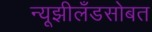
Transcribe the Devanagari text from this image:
न्यूझीलँडसोबत